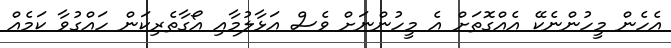
އެހެން މީހުންނެކޭ އެއްގޮތަށް އެ މީހުންނަށް ވެސް އަޅާލުމާއި އޯގާތެރިކަން ހައްގުވާ ކަމެއް